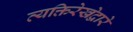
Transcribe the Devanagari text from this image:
व्यक्तिरेखेद्वारे